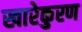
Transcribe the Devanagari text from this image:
खारेकुरण